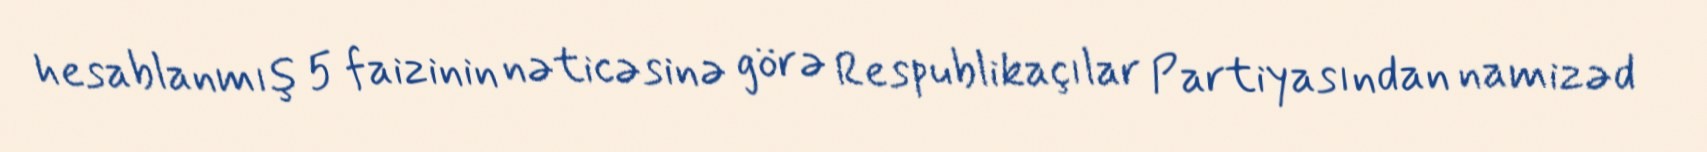
hesablanmış 5 faizinin nəticəsinə görə Respublikaçılar Partiyasından namizəd